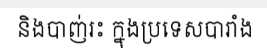
និងបាញ់រះ ក្នុងប្រទេសបារាំង